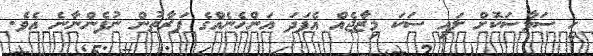
ހީ ސަމާސަކޮށް ލައި ސަކަ މިޒާޖެއް އެފަދަ އަންހެނެއްގެ ފަރާތުން ނުފެންނާނެ އެވެ.